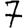
Digit: 7